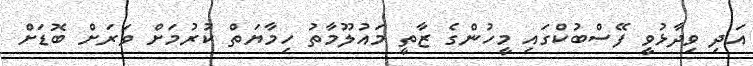
އަދި ވިދާޅުވީ ފޭސްބުކްގައި މީހުންގެ ޒާތީ މައުލޫމާތު ހިމާޔަތް ކުރުމަށް ވަރަށް ބޮޑަށް